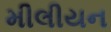
મીલીયન